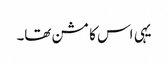
یہی اس کا مشن تھا۔